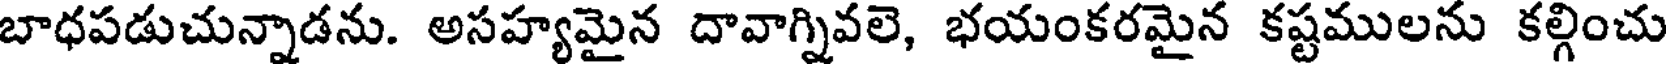
బాధపడుచున్నాడను. అసహ్యమైన దావాగ్నివలె, భయంకరమైన కష్టములను కల్గించు